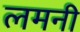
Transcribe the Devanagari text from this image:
लमनी